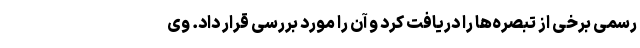
رسمی برخی از تبصره‌ها را دریافت کرد و آن را مورد بررسی قرار داد. وی